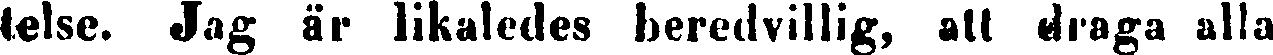
telse. Jag är likaledes beredvillig, att draga alla